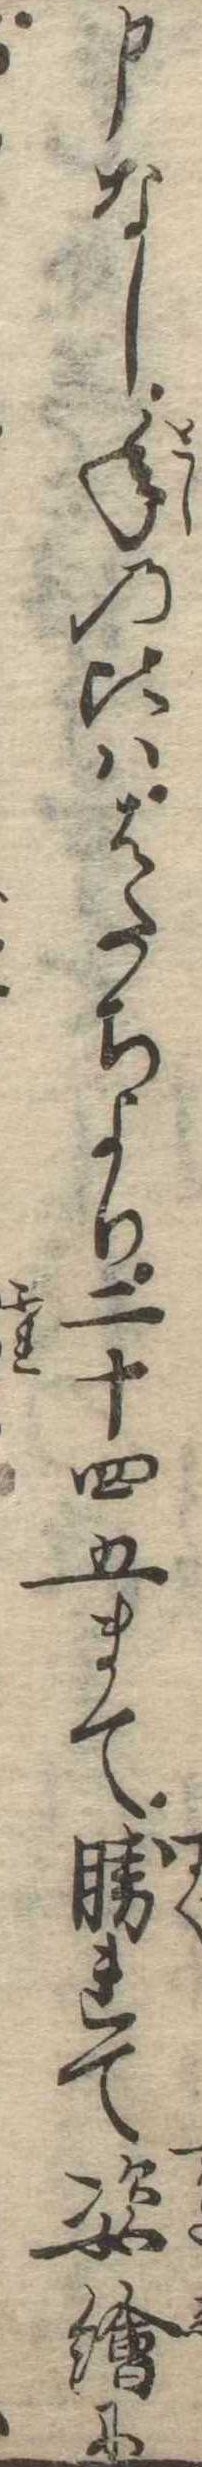
申なし年の比ははたちより二十四五まて勝れて姿絵に